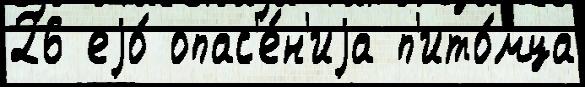
26 еjо́ опас'е́н'иjа п'ито́мца